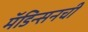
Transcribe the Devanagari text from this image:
मॅडिन्सनची